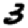
Digit: 3